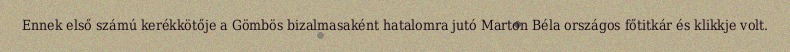
Ennek első számú kerékkötője a Gömbös bizalmasaként hatalomra jutó Marton Béla országos főtitkár és klikkje volt.